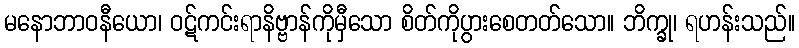
မနောဘာဝနီယော၊ ဝဋ်ကင်းရာနိဗ္ဗာန်ကိုမှီသော စိတ်ကိုပွားစေတတ်သော။ ဘိက္ခု၊ ရဟန်းသည်။